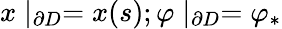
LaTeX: x\mid_{\partial D}=x(s);\varphi\mid_{\partial D}=\varphi_{*}